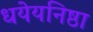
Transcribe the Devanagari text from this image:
धयेयनिष्ठा